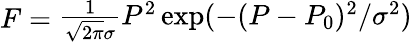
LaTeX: F={\begin{array}{l}{{\frac{1}{{\sqrt{2\pi}}\sigma}}P^{2}\exp(-(P-P_{0})^{2}/\sigma^{2})}\end{array}}